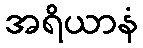
အရိယာနံ